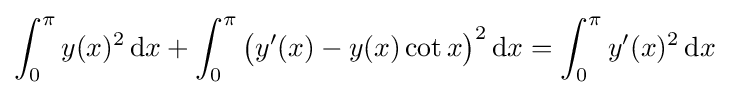
\int _{0}^{\pi }y(x)^{2}\,\mathrm {d} x+\int _{0}^{\pi }{\big (}y'(x)-y(x)\cot x{\big )}^{2}\,\mathrm {d} x=\int _{0}^{\pi }y'(x)^{2}\,\mathrm {d} x